Indian journal of veterinary science and animal husbandry - Volume 9,
Year: 1939
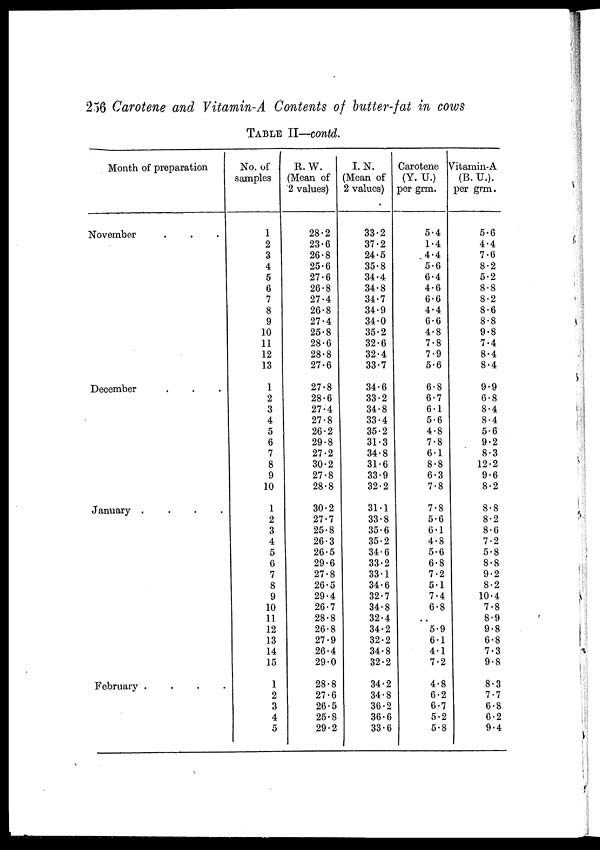
256 Carotene and Vitamin-A Contents of butter-fat in cows
TABLE II—contd.
Month of preparation
November . . .
December . . .
January
.
.
.
.
February
.
.
.
.
No. of
samples
1
2
3
4
5
6
7
8
9
10
11
12
13
1
2
3
4
5
6
7
8
9
10
1
2
3
4
5
6
7
8
9
10
11
12
13
14
15
1
2
3
4
5
R.W.
(Mean of
2 values)
28.2
23.6
26.8
25.6
27.6
26.8
27.4
26.8
27.4
25.8
28.6
28.8
27.6
27.8
28.6
27.4
27.8
26.2
29.8
27.2
30.2
27.8
28.8
30.2
27.7
25.8
26.3
26.5
29.6
27.8
26.5
29.4
26.7
28.8
26.8
27.9
26.4
29.0
28.8
27.6
26.5
25.8
29.2
I.N.
(Mean of
2 values)
33.2
37.2
24.5
35.8
34.4
34.8
34.7
34.9
34.0
35.2
32.6
32.4
33.7
34.6
33.2
34.8
33.4
35.2
31.3
34.8
31.6
33.9
32.2
31.1
33.8
35.6
35.2
34.6
33.2
33.1
34.6
32.7
34.8
32.4
34.2
32.2
34.8
32.2
34.2
34.8
36.2
36.6
33.6
Carotene
(Y. U.)
per grm.
5.4
1.4
4.4
5.6
6.4
4.6
6.6
4.4
6.6
4.8
7.8
7.9
5.6
6.8
6.7
6.1
5.6
4.8
7.8
6.1
8.8
6.3
7.8
7.8
5.6
6.1
4.8
5.6
6.8
7.2
5.1
7.4
6.8
..
5.9
6.1
4.1
7.2
4.8
6.2
6.7
5.2
5.8
Vitamin-A
(B.U.).
per grm.
5.6
4.4
7.6
8.2
5.2
8.8
8.2
8.6
8.8
9.8
7.4
8.4
8.4
9.9
6.8
8.4
8.4
5.6
9.2
8.3
12.2
9.6
8.2
8.8
8.2
8.6
7.2
5.8
8.8
9.2
8.2
10.4
7.8
8.9
9.8
6.8
7.3
9.8
8.3
7.7
6.8
6.2
9.4